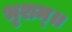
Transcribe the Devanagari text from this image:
भृशम्॥